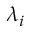
\lambda _ { i }